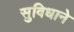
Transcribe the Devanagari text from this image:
सुविधाने